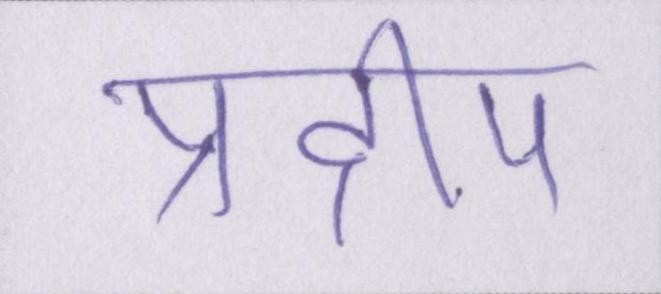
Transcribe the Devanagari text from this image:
प्रदीप